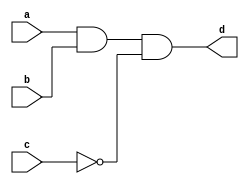
module d1s4456(a,b,c,d);
  input a,b,c;
  output d;
  wire a,b,c,d,e,f;
  
  and E1(e,a,b);
  not E2(f,c);
  and E3(d,e,f);

endmodule